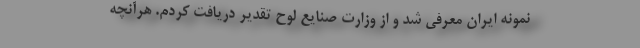
نمونه ایران معرفی شد و از وزارت صنایع لوح تقدیر دریافت کردم. هرآنچه